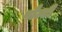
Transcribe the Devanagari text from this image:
पौल्टी